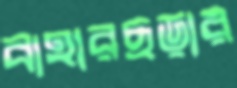
বাহারছড়ার